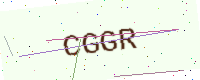
Text: CGGR